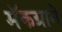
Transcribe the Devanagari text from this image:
मॅकग्राने